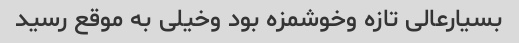
بسیارعالی تازه وخوشمزه بود وخیلی به موقع رسید